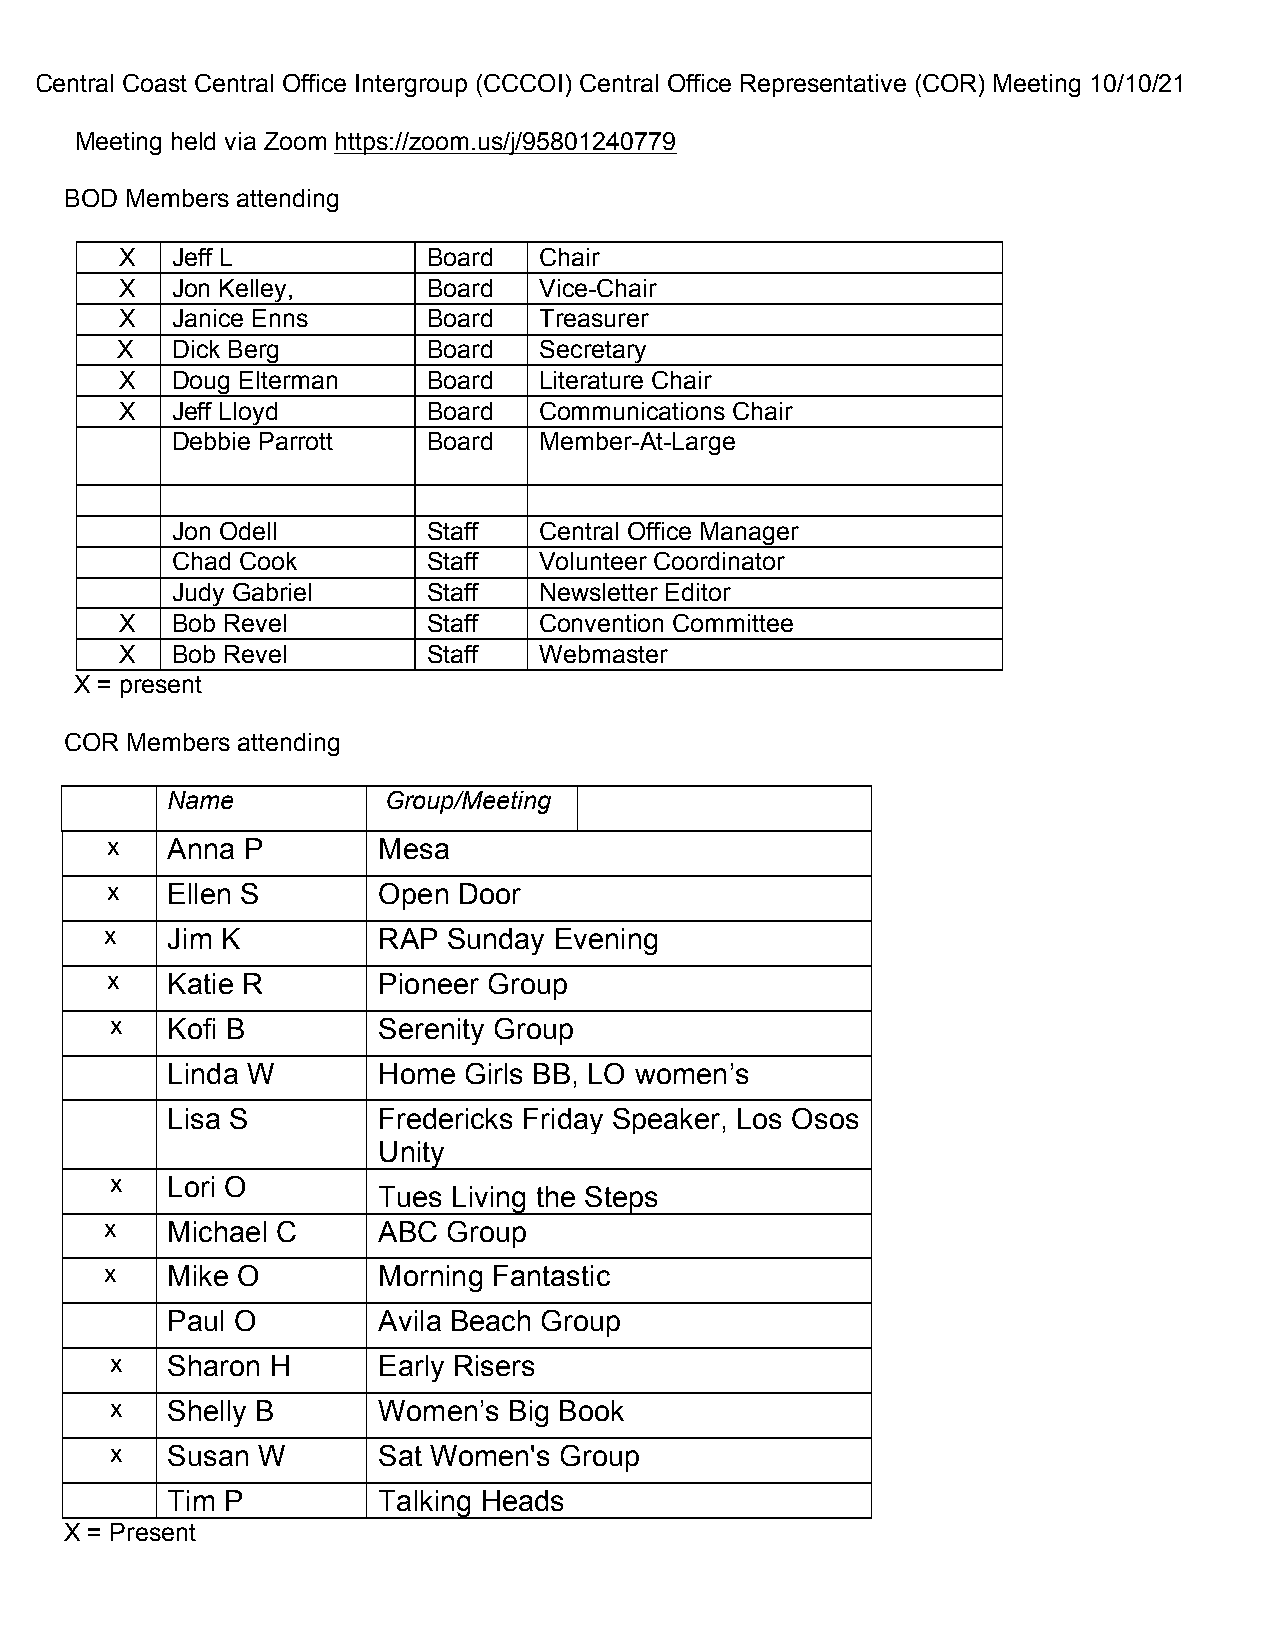
Central Coast Central Office Intergroup (CCCOI) Central Office Representative (COR) Meeting 10/10/21
 Meeting held via Zoom https://zoom.us/j/95801240779
 BOD Members attending
 X  Jeff L           Board   Chair
 X  Jon Kelley,      Board   Vice-Chair
 X  Janice Enns      Board   Treasurer
 X  Dick Berg        Board   Secretary
 X  Doug Elterman    Board   Literature Chair
 X  Jeff Lloyd       Board   Communications Chair
 Debbie Parrott   Board   Member-At-Large
 Jon Odell        Staff   Central Office Manager
 Chad Cook        Staff   Volunteer Coordinator
 Judy Gabriel     Staff   Newsletter Editor
 X  Bob Revel        Staff   Convention Committee
 X  Bob Revel        Staff   Webmaster
 X = present
 COR Members attending
 Name           Group/Meeting
 x   Anna P        Mesa
 x   Ellen S       Open Door
 x   Jim K         RAP  Sunday Evening
 x   Katie R       Pioneer Group
 x   Kofi B        Serenity Group
 Linda W       Home  Girls BB, LO women’s
 Lisa S        Fredericks Friday Speaker, Los Osos
 Unity
 x   Lori O
 Tues Living the Steps
 x   Michael C     ABC  Group
 x   Mike O        Morning Fantastic
 Paul O        Avila Beach Group
 x   Sharon H      Early Risers
 x   Shelly B      Women’s  Big Book
 x   Susan W       Sat Women's Group
 Tim P         Talking Heads
 X = Present